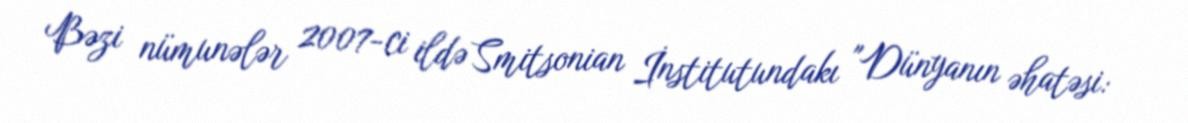
Bəzi nümunələr 2007-ci ildə Smitsonian İnstitutundakı "Dünyanın əhatəsi: